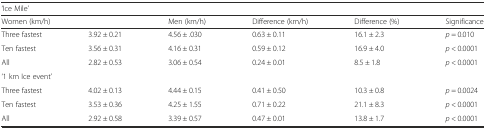
<table><thead><tr><td colspan="6"><b>‘Ice Mile’</b></td></tr><tr><td colspan="2"><b>Women (km/h)</b></td><td><b>Men (km/h)</b></td><td><b>Difference (km/h)</b></td><td><b>Difference (%)</b></td><td><b>Significance</b></td></tr></thead><tbody><tr><td>Three fastest</td><td>3.92 ± 0.21</td><td>4.56 ± .030</td><td>0.63 ± 0.11</td><td>16.1 ± 2.3</td><td><i>p</i> = 0.010</td></tr><tr><td>Ten fastest</td><td>3.56 ± 0.31</td><td>4.16 ± 0.31</td><td>0.59 ± 0.12</td><td>16.9 ± 4.0</td><td><i>p</i> &lt; 0.0001</td></tr><tr><td>All</td><td>2.82 ± 0.53</td><td>3.06 ± 0.54</td><td>0.24 ± 0.01</td><td>8.5 ± 1.8</td><td><i>p</i> &lt; 0.0001</td></tr><tr><td colspan="6">‘1 km Ice event’</td></tr><tr><td>Three fastest</td><td>4.02 ± 0.13</td><td>4.44 ± 0.15</td><td>0.41 ± 0.50</td><td>10.3 ± 0.8</td><td><i>p</i> = 0.0024</td></tr><tr><td>Ten fastest</td><td>3.53 ± 0.36</td><td>4.25 ± 1.55</td><td>0.71 ± 0.22</td><td>21.1 ± 8.3</td><td><i>p</i> &lt; 0.0001</td></tr><tr><td>All</td><td>2.92 ± 0.58</td><td>3.39 ± 0.57</td><td>0.47 ± 0.01</td><td>13.8 ± 1.7</td><td><i>p</i> &lt; 0.0001</td></tr></tbody></table>